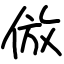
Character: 倣